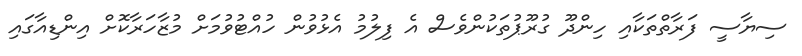
ސިޔާސީ ފަރާތްތަކާއި ހިންދޫ ގުރޫޕުތަކުންވެސް އެ ފިލުމު އެޅުވުން ހުއްޓުވުމަށް މުޒާހަރާކޮށް އިންޑިއާގައި